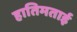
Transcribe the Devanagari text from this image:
हातिमताई